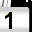
Digit: 1